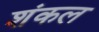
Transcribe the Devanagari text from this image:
शंकल